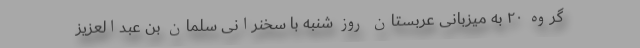
گروه ۲۰ به میزبانی عربستان روز شنبه با سخنرانی سلمان بن عبدالعزیز